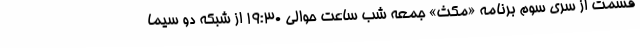
قسمت از سری سوم برنامه «مکث» جمعه شب ساعت حوالی 19:30 از شبکه دو سیما